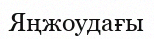
Яңжоудағы